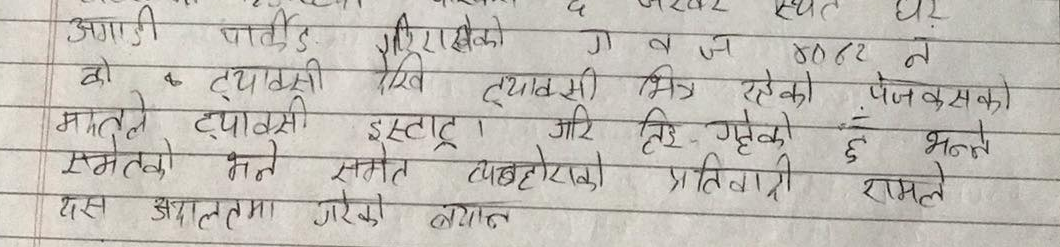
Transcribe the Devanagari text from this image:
अगाडी पार्कीङ गरिराखेको
को
गवज
घर
४०८८ न
• ट्‌याक्सी देखि ट्‌याक्सी भित्र रहेको पेजकसको
गरि तिर गहेको हूँ भन्ने
मादले ट्‌याक्सी इस्टाट्।
समेतको भने समेत व्यबहोराको प्रतिवारी
यस अदालतमा गरेको बयान
रामले